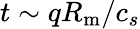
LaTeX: t\sim qR_{\mathrm{m}}/c_{s}